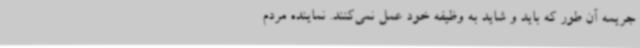
جریمه آن طور که باید و شاید به وظیفه خود عمل نمی‌کنند. نماینده مردم